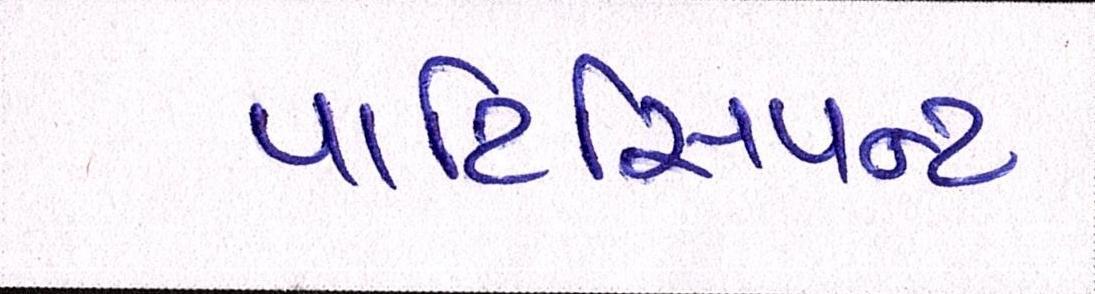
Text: પાર્ટિસિપન્ટ